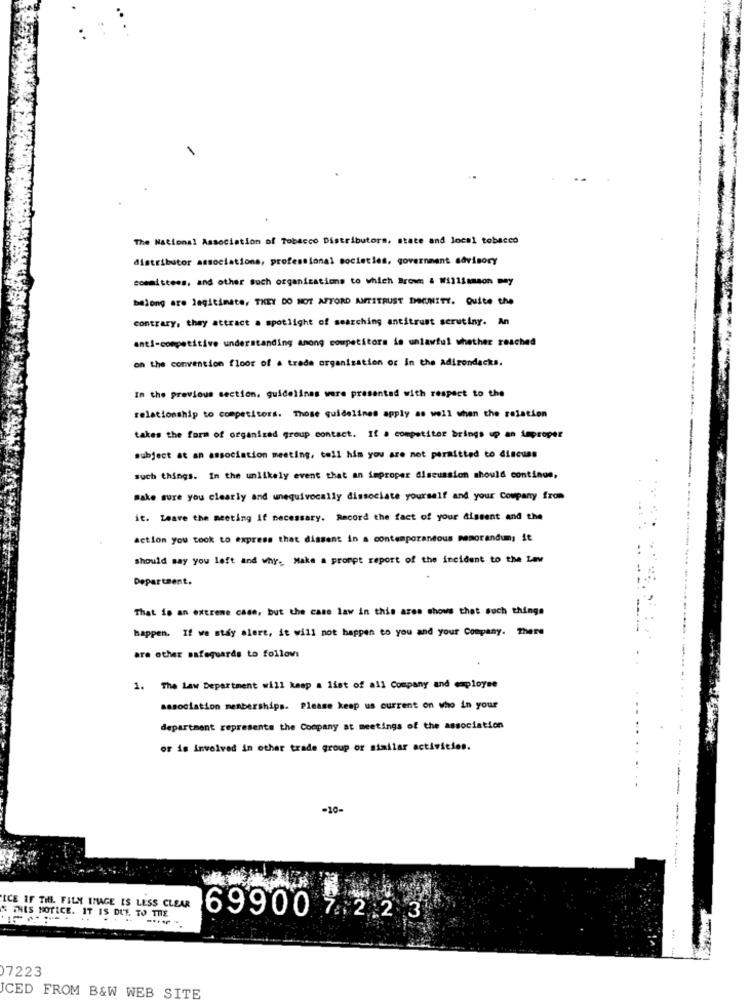
The National Association of Tobacco Distributors, state and local tobacco
distributor associations, professional societies, government advisory
committees, and other such organizations to which Browm & Williamson mey
belong are legitimate, THEY DO NOT AFFORD ANTITRUST IMMUNITY. Quite the
contrary, they attract a spotlight of searching antitrust scrutiny. An
anti-competitive understanding among competitors in unlawful whether reached
on the convention floor of . trade organization or In the Adirondacks.
In the previous section. guidelines were presented with respect to the
relationship to competitors. Those guidelines apply as well when the relation
takes the form of organized group contact. If a competitor brings up an improper
subject at an association meeting, tell him you are not permitted to discuss
such things. In the unlikely event that an improper discussion should continue,
Make sure you clearly and unequivocally dissociate yourself and your Company from
it. Leave the meeting if necessary. Record the fact of your Aissent and the
action you took to express that dissent in a contemporantous memorandum, it
should say you left and why. Make a prompt report of the incident to the Law
Department.
That is an extreme case, but the case law in this area shows that such things
happen. If we stay alert, it will not happen to you and your Company. There
are other safeguards to follow:
1. The Law Department will keep a list of all Company and employee
association memberships. Please keep us current on who in your
department represents the Company at meetings of the association
or is involved in other trade group or similar activities.
-10-
ICE IF THE. FILM IMAGE IS LESS CLEAR
% THIS NOTICE. IT IS DIT. TO THE
69900 7.2.2 3
)7223
ICED FROM B&W WEB SITE